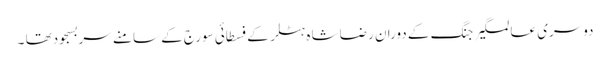
دوسری عالمگیر جنگ کے دوران رضا شاہ ہٹلر کے فسطائی سورج کے سامنے سربسجودتھا ۔